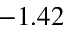
- 1 . 4 2